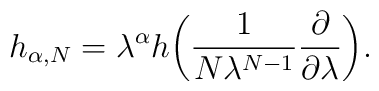
h_{\alpha, N}	= \lambda^\alpha h \biggl( \frac{1}{N \lambda^{N-1}}\frac{\partial}{\partial\lambda} \biggr).